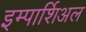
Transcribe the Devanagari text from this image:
इम्पार्शिअल